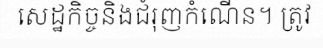
សេដ្ឋកិច្ចនិងជំរុញកំណើន។ ត្រូវ